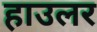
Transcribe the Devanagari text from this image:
हाउलर